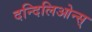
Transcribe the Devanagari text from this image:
दन्दिलिओन्स्